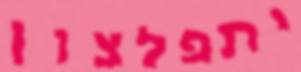
יתפלצון